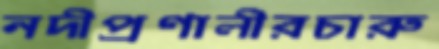
নদীপ্রণালীরচারু